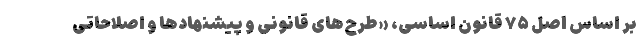
بر اساس اصل ۷۵ قانون اساسی، «طرح‌های قانونی و پیشنهادها و اصلاحاتی